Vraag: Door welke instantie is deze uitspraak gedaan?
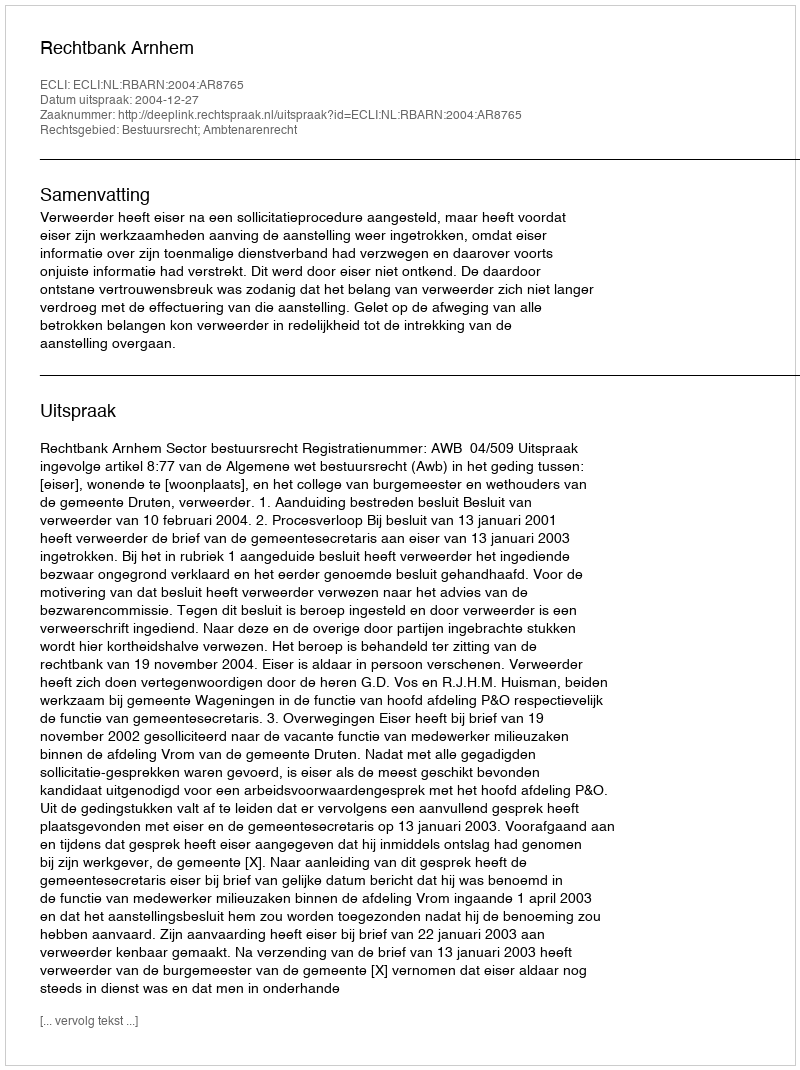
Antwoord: Rechtbank Arnhem